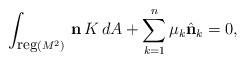
\begin{align*}\int_{{\mbox{\small{reg}}} (M^2)}\, {\bf n}\, K\, dA + \sum_{k=1}^{n}\mu_k\hat{\bf n}_k = 0,\end{align*}